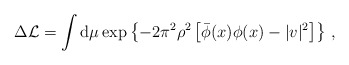
\begin{align*}\Delta {\cal L}= \int {\rm d}\mu\exp\left\{-2\pi^2\rho^2\left[\bar\phi(x)\phi(x)-|v|^2\right]\right\}\,,\end{align*}